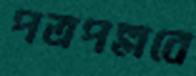
পত্রপল্লবে